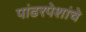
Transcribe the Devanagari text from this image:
पांढरपेशांचे